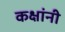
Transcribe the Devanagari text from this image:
कक्षांनी